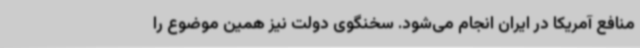
منافع آمریکا در ایران انجام می‌شود. سخنگوی دولت نیز همین موضوع را